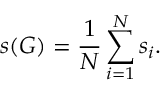
s ( G ) = \frac { 1 } { N } \sum _ { i = 1 } ^ { N } s _ { i } .